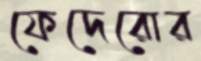
ফেদেরোর